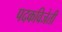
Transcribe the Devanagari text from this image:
पदकविजेती